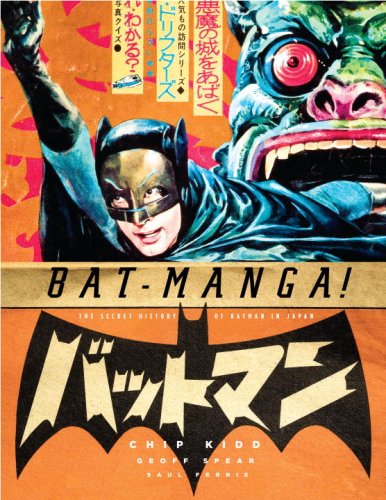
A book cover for Bat-Manga!: The Secret History of Batman in Japan; Jiro Kuwata; Comics & Graphic Novels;